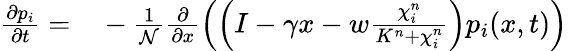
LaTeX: \begin{array}{rl}{\frac{\partial p_{i}}{\partial t}=}&{{}-\frac{1}{\mathcal{N}}\frac{\partial}{\partial x}\left(\left(I-\gamma x-w\frac{\chi_{i}^{n}}{K^{n}+\chi_{i}^{n}}\right)p_{i}(x,t)\right)}\end{array}